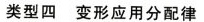
类型四变形应用分配律